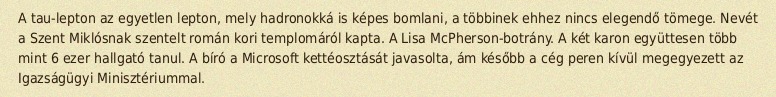
A tau-lepton az egyetlen lepton, mely hadronokká is képes bomlani, a többinek ehhez nincs elegendő tömege. Nevét a Szent Miklósnak szentelt román kori templomáról kapta. A Lisa McPherson-botrány. A két karon együttesen több mint 6 ezer hallgató tanul. A bíró a Microsoft kettéosztását javasolta, ám később a cég peren kívül megegyezett az Igazságügyi Minisztériummal.